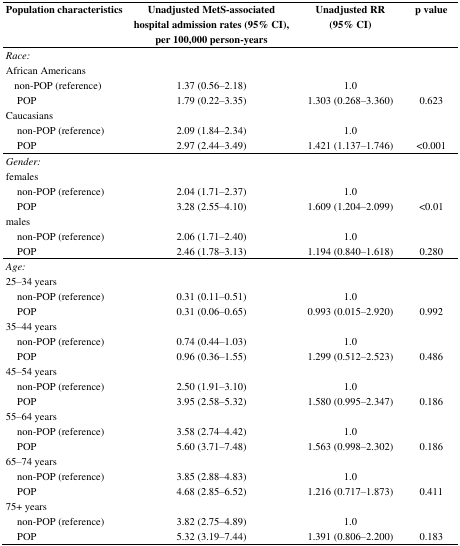
<table><thead><tr><td><b>Population characteristics</b></td><td><b>Unadjusted MetS-associated hospital admission rates (95% CI), per 100,000 person-years</b></td><td><b>Unadjusted RR (95% CI)</b></td><td><b>p value</b></td></tr></thead><tbody><tr><td><i>Race:</i></td><td></td><td></td><td></td></tr><tr><td>African Americans</td><td></td><td></td><td></td></tr><tr><td>non-POP (reference)</td><td>1.37 (0.56–2.18)</td><td>1.0</td><td></td></tr><tr><td>POP</td><td>1.79 (0.22–3.35)</td><td>1.303 (0.268–3.360)</td><td>0.623</td></tr><tr><td>Caucasians</td><td></td><td></td><td></td></tr><tr><td>non-POP (reference)</td><td>2.09 (1.84–2.34)</td><td>1.0</td><td></td></tr><tr><td>POP</td><td>2.97 (2.44–3.49)</td><td>1.421 (1.137–1.746)</td><td>&lt;0.001</td></tr><tr><td><i>Gender:</i></td><td></td><td></td><td></td></tr><tr><td>females</td><td></td><td></td><td></td></tr><tr><td>non-POP (reference)</td><td>2.04 (1.71–2.37)</td><td>1.0</td><td></td></tr><tr><td>POP</td><td>3.28 (2.55–4.10)</td><td>1.609 (1.204–2.099)</td><td>&lt;0.01</td></tr><tr><td>males</td><td></td><td></td><td></td></tr><tr><td>non-POP (reference)</td><td>2.06 (1.71–2.40)</td><td>1.0</td><td></td></tr><tr><td>POP</td><td>2.46 (1.78–3.13)</td><td>1.194 (0.840–1.618)</td><td>0.280</td></tr><tr><td><i>Age:</i></td><td></td><td></td><td></td></tr><tr><td>25–34 years</td><td></td><td></td><td></td></tr><tr><td>non-POP (reference)</td><td>0.31 (0.11–0.51)</td><td>1.0</td><td></td></tr><tr><td>POP</td><td>0.31 (0.06–0.65)</td><td>0.993 (0.015–2.920)</td><td>0.992</td></tr><tr><td>35–44 years</td><td></td><td></td><td></td></tr><tr><td>non-POP (reference)</td><td>0.74 (0.44–1.03)</td><td>1.0</td><td></td></tr><tr><td>POP</td><td>0.96 (0.36–1.55)</td><td>1.299 (0.512–2.523)</td><td>0.486</td></tr><tr><td>45–54 years</td><td></td><td></td><td></td></tr><tr><td>non-POP (reference)</td><td>2.50 (1.91–3.10)</td><td>1.0</td><td></td></tr><tr><td>POP</td><td>3.95 (2.58–5.32)</td><td>1.580 (0.995–2.347)</td><td>0.186</td></tr><tr><td>55–64 years</td><td></td><td></td><td></td></tr><tr><td>non-POP (reference)</td><td>3.58 (2.74–4.42)</td><td>1.0</td><td></td></tr><tr><td>POP</td><td>5.60 (3.71–7.48)</td><td>1.563 (0.998–2.302)</td><td>0.186</td></tr><tr><td>65–74 years</td><td></td><td></td><td></td></tr><tr><td>non-POP (reference)</td><td>3.85 (2.88–4.83)</td><td>1.0</td><td></td></tr><tr><td>POP</td><td>4.68 (2.85–6.52)</td><td>1.216 (0.717–1.873)</td><td>0.411</td></tr><tr><td>75+ years</td><td></td><td></td><td></td></tr><tr><td>non-POP (reference)</td><td>3.82 (2.75–4.89)</td><td>1.0</td><td></td></tr><tr><td>POP</td><td>5.32 (3.19–7.44)</td><td>1.391 (0.806–2.200)</td><td>0.183</td></tr></tbody></table>